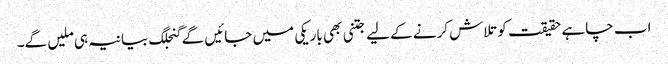
اب چاہے حقیقت کو تلاش کرنے کے لیے جتنی بھی باریکی میں جائیں گے گنجلگ بیانیہ ہی ملیں گے۔